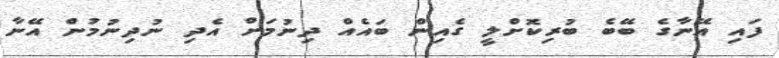
ފައި އޭނާގެ ބޭބެ ބުރިކޮށްލީ ގެއިން ބައެއް ދިނުމަށް އެދި ނުދިނުމުން އޭނާ